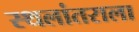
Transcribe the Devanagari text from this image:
स्थलांतराला